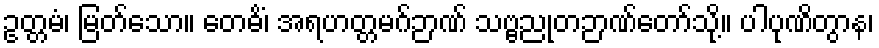
ဥတ္တမံ၊ မြတ်သော။ တေဓိံ၊ အရဟတ္တမဂ်ဉာဏ် သဗ္ဗညုတဉာဏ်တော်သို့။ ပါပုဏိတွာန၊